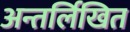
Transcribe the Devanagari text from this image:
अन्तर्लिखित